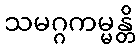
သမဂ္ဂကမ္မန္တိ